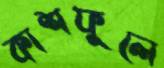
কাশফুলে